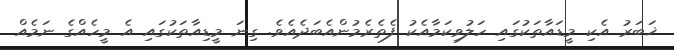
ޚަބަރު އެކި މީޑައާތަކުގައި ހަލުވިކަމާއެކު ފެތެރެމުންއެބަދެއެވެ. ގިނަ މީޑިއާތަކުގައި އެ މީހެއްގެ ނަމެއް